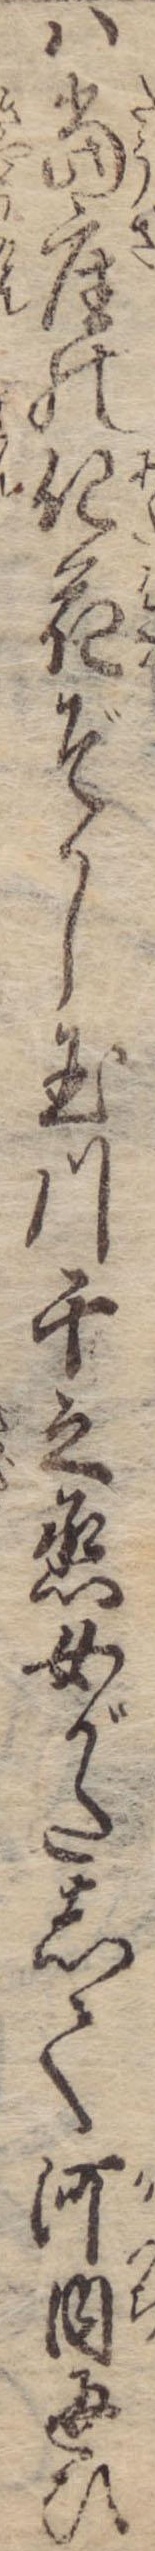
は当座の化花ぞかし玉川千之丞女がたして河内通ひ